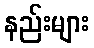
နည်းများ